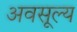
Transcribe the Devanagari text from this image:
अवसूल्य